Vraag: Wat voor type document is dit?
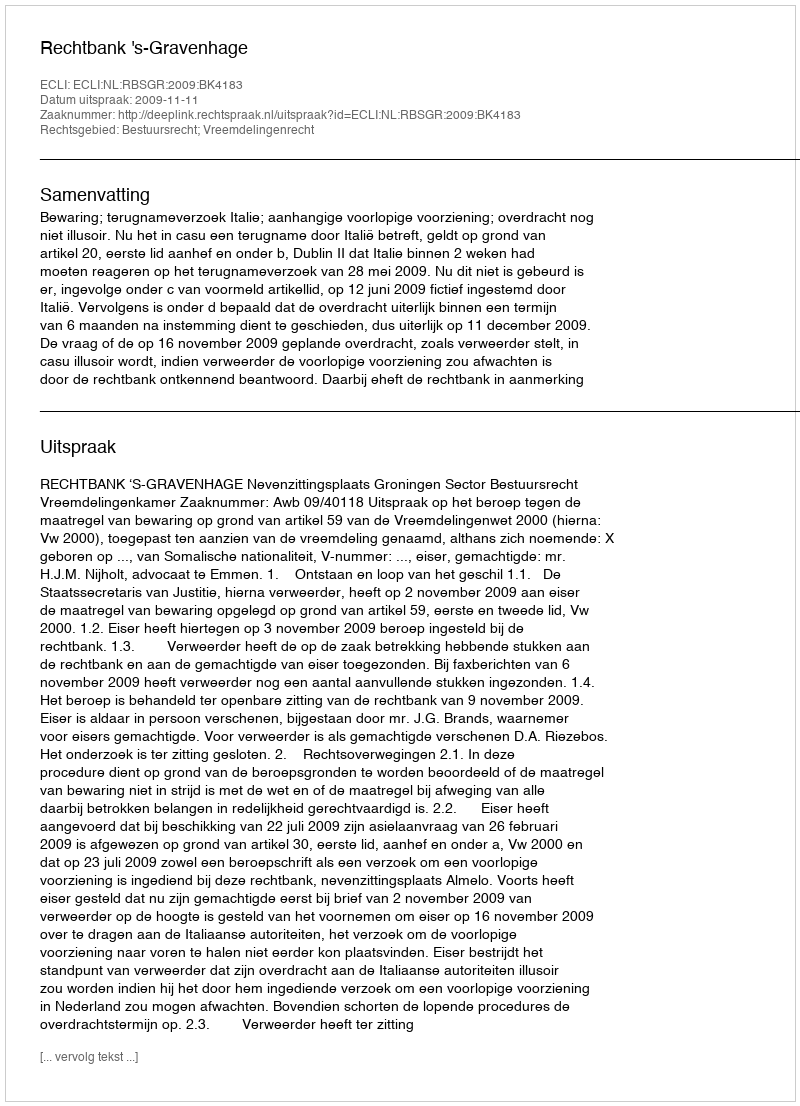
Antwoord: Uitspraak